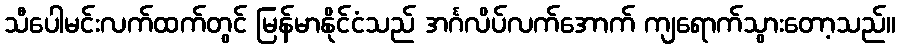
သီပေါမင်းလက်ထက်တွင် မြန်မာနိုင်ငံသည် အင်္ဂလိပ်လက်အောက် ကျရောက်သွားတော့သည်။